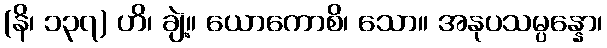
(နိ၊ ၁၃၇) ဟိ၊ ချဲ့။ ယောကောစိ၊ သော။ အနုပသမ္ပန္နော၊